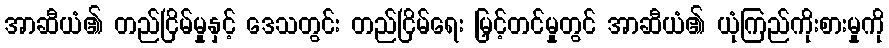
အာဆီယံ၏ တည်ငြိမ်မှုနှင့် ဒေသတွင်း တည်ငြိမ်ရေး မြှင့်တင်မှုတွင် အာဆီယံ၏ ယုံကြည်ကိုးစားမှုကို